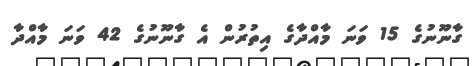
ގާނޫނުގެ 15 ވަނަ މާއްދާގެ އިތުރުން އެ ގާނޫނުގެ 42 ވަނަ މާއްދާ